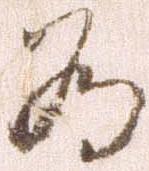
為